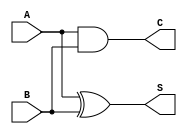
module half_adder (
    input  wire A,   // First operand
    input  wire B,   // Second operand
    output wire S,   // Sum output
    output wire C    // Carry output
);

    // Sum is the XOR of A and B
    assign S = A ^ B;

    // Carry is the AND of A and B
    assign C = A & B;

endmodule